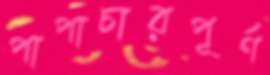
পাপাচারপূর্ণ